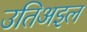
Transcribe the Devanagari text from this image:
उतिअइल